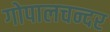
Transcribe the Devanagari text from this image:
गोपालचन्दर